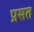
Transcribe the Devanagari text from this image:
प्रसत